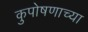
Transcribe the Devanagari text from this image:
कुपोषणाच्या